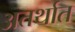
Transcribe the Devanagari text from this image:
अतर्थात